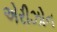
એરીઝોન